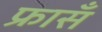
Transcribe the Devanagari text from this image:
फ्रासँ